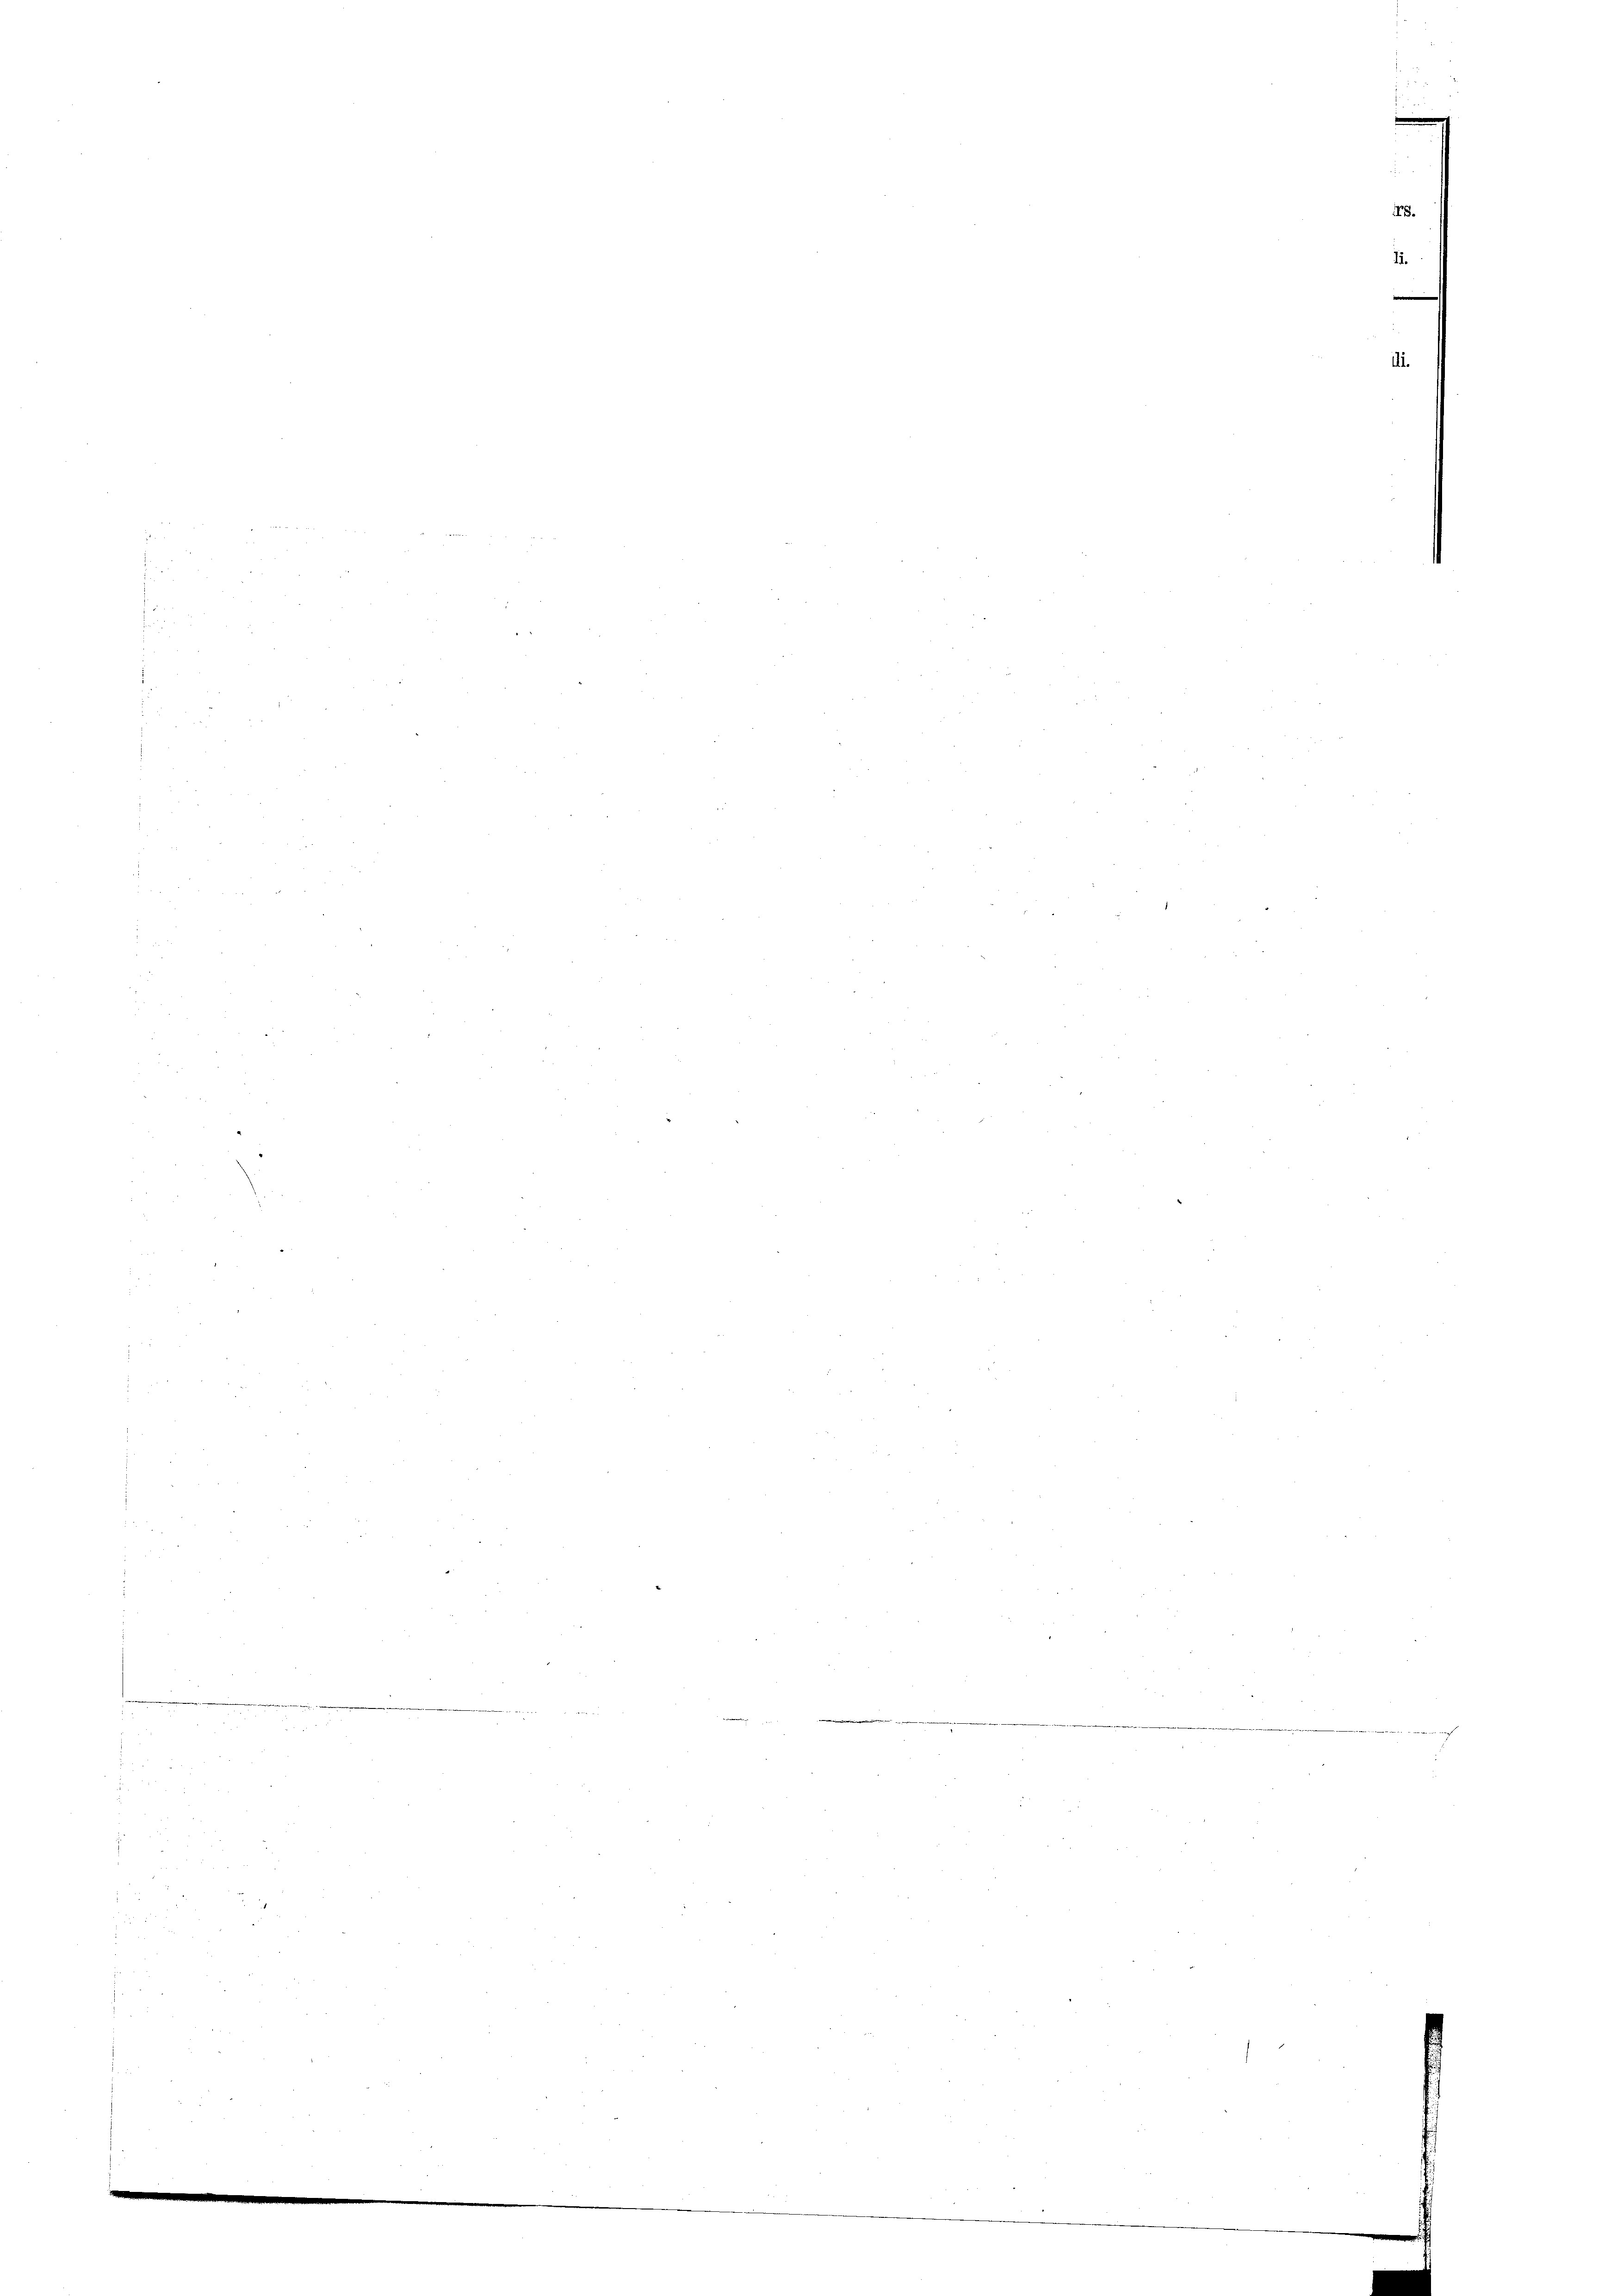
.
18.
11.
.